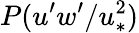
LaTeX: P(u^{\prime}w^{\prime}/u_{*}^{2})